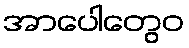
အာပေါတွေဝ